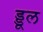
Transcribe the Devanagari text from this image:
ड्डूल